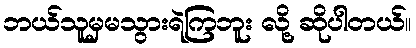
ဘယ်သူမှမသွားရဲကြဘူး လို့ ဆိုပါတယ်။